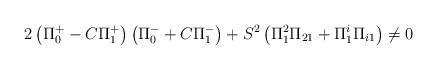
\begin{align*}2\left( \Pi ^{+}_{0}-C\Pi ^{+}_{1}\right) \left( \Pi ^{-}_{0}+C\Pi ^{-}_{1}\right) +S^{2}\left( \Pi _{1}^{2}\Pi _{21}+\Pi _{1}^{i}\Pi _{i1}\right) \neq 0\end{align*}